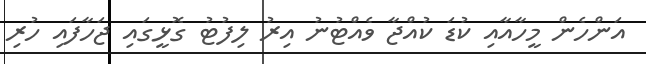
އަންހެން މީހާއާއި ކުޑަ ކުއްޖާ ވެއްޓުނު އިރު ލިފުޓު ގޮޅީގައި ޖަހާފައި ހުރި